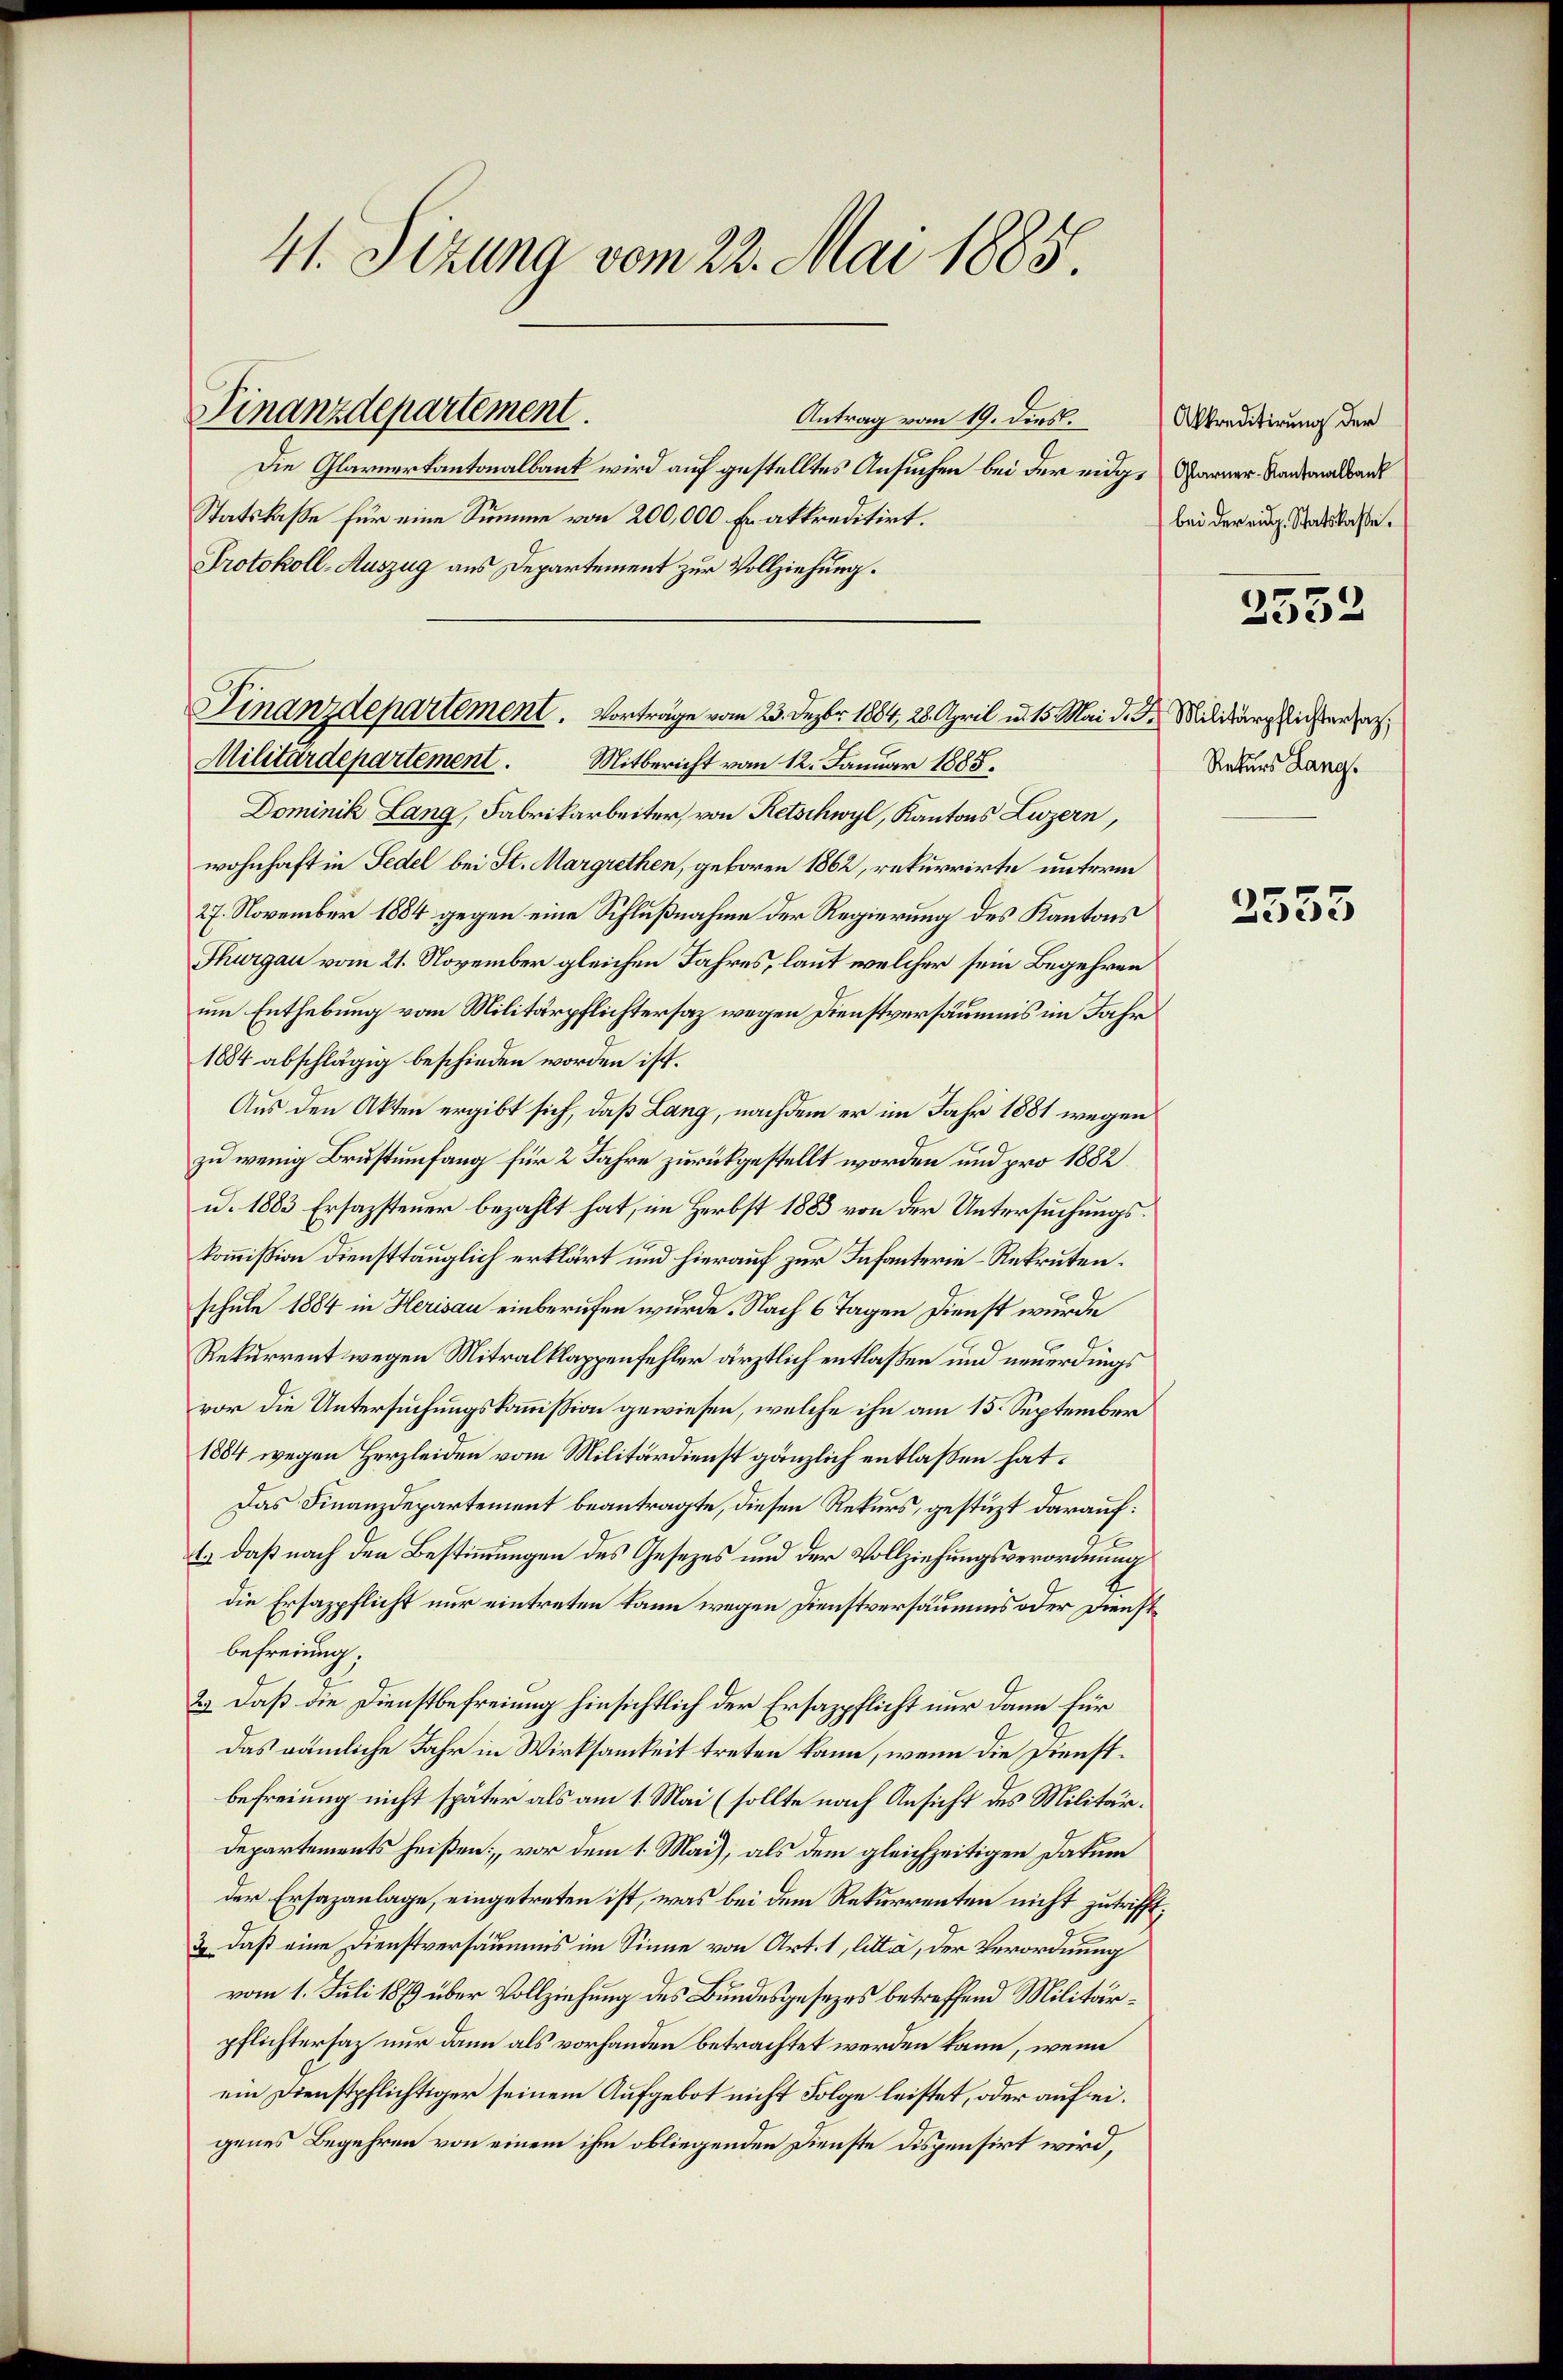
41. Sitzung vom 22. Mai 1885.

Finanzdepartement.

Militärdepartement. Mitbericht vom 12. Januar 1885.

Antrag vom 19. dies.
Die Glarnerkantonalbaut wird auf gestelltes Ansuchen bei der eidge Pfarrer Standeralbank
Statskaße für eine Summe von 200,000 Er akkreditirt.
Protokoll-Auszug aus Departement zur Vollziehung.
Finanzdepartement. Vorträge vom 23. Dezbr. 1884, 28. April u. 15. Mai d. d. Militärglistersag
Dominik Lang, Fabrikarbeiter, von Retschwyl, Kantons Luzern,
wohnhaft in Fedel bei St. Margrethen, geboren 1862, rekurrirte unterm
27. November 1884 gegen eine Schlußnahme der Regierung des Kantons
Thurgau vom 21. November gleichen Jahres, laut welcher sein Begehren
um Enthebung vom Militärpflichtersaz wegen Dienstversäumnis im Jahr
1884 abschlägig beschieden worden ist.
Aus den Akten ergibt sich, daß Lang, nachdem er im Jahr 1881 wegen
zu wenig Brustumfang für 2 Jahre zurückgestellt worden und pro 1882
u. 1883 Ersazsteuer bezahlt hat, im Herbst 1883 von der Untersuchungskommission diensttauglich erklärt und hierauf zur Infanterie-Rekruten.
schule 1884 in Herisau einberufen wurde. Nach 6 Tagen Dienst wurde
Rekurrent wegen Mitralklappenfehler ärztlich entlaßen und neuerdings
vor die Untersuchungskommission gewiesen, welche ihn am 15. September
1884 wegen Herzleiden vom Militärdienst gänzlich entlaßen hat.
Das Finanzdepartement beantragte, diesen Rekurs, gestüzt darauf:
1.) daß nach den Bestimmungen des Gesetzes und der Vollziehungsverordnung
die Ersazpflicht nur eintreten kann wegen Dienstversäumnis oder Dienstbefreiung;
2.) Daß die Dienstbefreiung hinsichtlich der Ersazpflicht nur dann für
das nämliche Jahr in Wirksamkeit treten kann, wenn die Dienstbefreiung nicht später als am 1. Mai (sollte nach Ansicht des Militär¬
Departements heißen, vor dem 1. Mai), als dem gleichzeitigen Datum
der Ersazanlage, eingetreten ist, was bei dem Rekurrenten nicht zutrifft,
3 daß eine Dienstversäumnis im Sinne von Art. 1, litt, der Verordnung
vom 1. Juli 1879 über Vollziehung des Bundesgesezes betreffend Militärpflichtersaz nur dann als vorhanden betrachtet werden kann, wenn
ein Dienstpflichtiger seinem Aufgebot nicht Folge leistet, oder auf eigenes Begehren von einem ihm obliegenden Dienste dispensirt wird,

Akkreditirung der
bei der eidg. Statskasse.

2532

Rekurs Lang.

2553